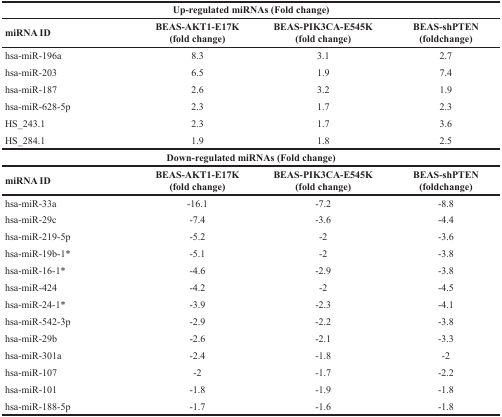
<table><thead><tr><td colspan="4"><b>Up-regulated miRNAs (Fold change)</b></td></tr><tr><td><b>miRNA ID</b></td><td><b>BEAS-AKT1-E17K(fold change)</b></td><td><b>BEAS-PIK3CA-E545K(fold change)</b></td><td><b>BEAS-shPTEN(foldchange)</b></td></tr></thead><tbody><tr><td>hsa-miR-196a</td><td>8.3</td><td>3.1</td><td>2.7</td></tr><tr><td>hsa-miR-203</td><td>6.5</td><td>1.9</td><td>7.4</td></tr><tr><td>hsa-miR-187</td><td>2.6</td><td>3.2</td><td>1.9</td></tr><tr><td>hsa-miR-628-5p</td><td>2.3</td><td>1.7</td><td>2.3</td></tr><tr><td>HS_243.1</td><td>2.3</td><td>1.7</td><td>3.6</td></tr><tr><td>HS_284.1</td><td>1.9</td><td>1.8</td><td>2.5</td></tr><tr><td colspan="4"><b>Down-regulated miRNAs (Fold change)</b></td></tr><tr><td><b>miRNA ID</b></td><td><b>BEAS-AKT1-E17K(fold change)</b></td><td><b>BEAS-PIK3CA-E545K(fold change)</b></td><td><b>BEAS-shPTEN(foldchange)</b></td></tr><tr><td>hsa-miR-33a</td><td>−16.1</td><td>−7.2</td><td>−8.8</td></tr><tr><td>hsa-miR-29c</td><td>−7.4</td><td>−3.6</td><td>−4.4</td></tr><tr><td>hsa-miR-219-5p</td><td>−5.2</td><td>−2</td><td>−3.6</td></tr><tr><td>hsa-miR-19b-1*</td><td>−5.1</td><td>−2</td><td>−3.8</td></tr><tr><td>hsa-miR-16-1*</td><td>−4.6</td><td>−2.9</td><td>−3.8</td></tr><tr><td>hsa-miR-424</td><td>−4.2</td><td>−2</td><td>−4.5</td></tr><tr><td>hsa-miR-24-1*</td><td>−3.9</td><td>−2.3</td><td>−4.1</td></tr><tr><td>hsa-miR-542-3p</td><td>−2.9</td><td>−2.2</td><td>−3.8</td></tr><tr><td>hsa-miR-29b</td><td>−2.6</td><td>−2.1</td><td>−3.3</td></tr><tr><td>hsa-miR-301a</td><td>−2.4</td><td>−1.8</td><td>−2</td></tr><tr><td>hsa-miR-107</td><td>−2</td><td>−1.7</td><td>−2.2</td></tr><tr><td>hsa-miR-101</td><td>−1.8</td><td>−1.9</td><td>−1.8</td></tr><tr><td>hsa-miR-188-5p</td><td>−1.7</td><td>−1.6</td><td>−1.8</td></tr></tbody></table>